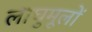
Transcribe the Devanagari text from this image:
लाघुमूलों